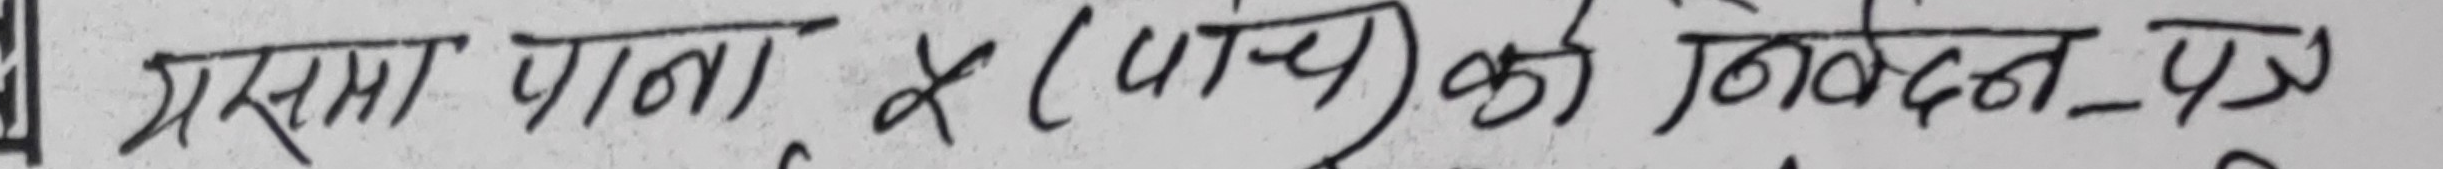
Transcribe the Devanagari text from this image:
यसमा पाना ५ (पाँच) को निवेदन-पत्र